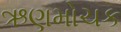
ઋણમોચક